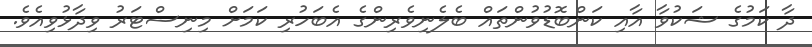
ދާ ކަމުގެ ޝަކުވާ އާއި ކަންބޮޑުވުންތައް ބެލެނިވެރިންގެ އެބަހުރި ކަމަށް މިނިސްޓަރު ވިދާޅުވިއެވެ.